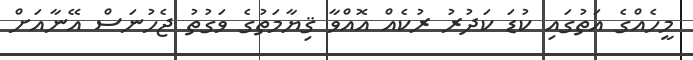
މީހެއްގެ އަތުގައި ކުޑަ ކަދުރު ރުކެއް އޮއްވާ ޤިޔާމަތުގެ ވަގުތު ޖެހުނަސް އޭނާއަށް